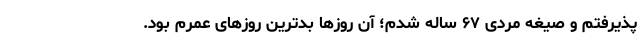
پذیرفتم و صیغه مردی ۶۷ ساله شدم؛ آن روزها بدترین روزهای عمرم بود.